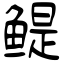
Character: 鳀